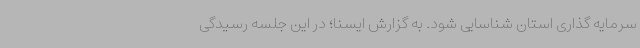
سرمایه گذاری استان شناسایی شود. به گزارش ایسنا؛ در این جلسه رسیدگی